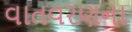
વાતવરણના